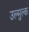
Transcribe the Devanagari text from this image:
उल्मुल्क